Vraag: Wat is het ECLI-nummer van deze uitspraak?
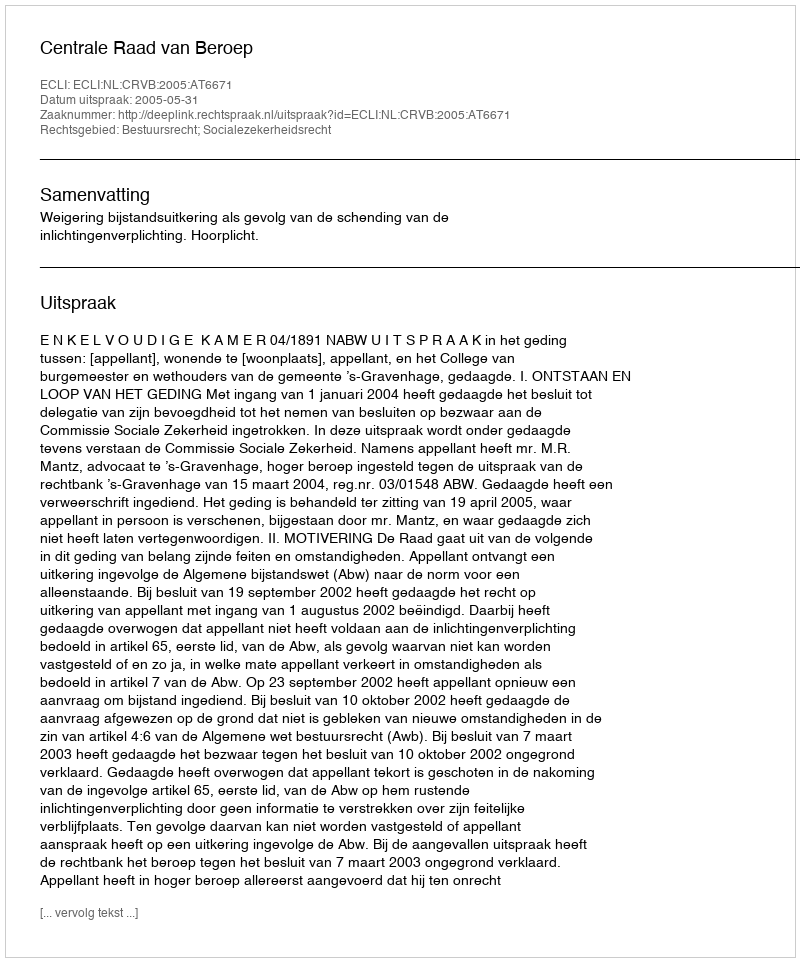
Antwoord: ECLI:NL:CRVB:2005:AT6671